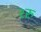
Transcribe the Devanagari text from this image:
२रु